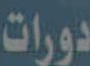
دورات